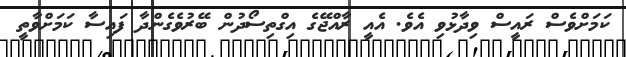
ކަމަށްވެސް ރައީސް ވިދާޅުވި އެވެ. އެއީ ރާއްޖޭގެ އިގްތިސޯދުން ބޭރުވެގެންދާ ފައިސާ ކަމަށްވާތީ